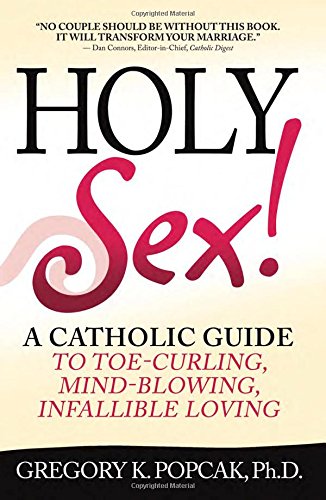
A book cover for Holy Sex!: A Catholic Guide to Toe-Curling, Mind-Blowing, Infallible Loving; Gregory K. Popcak PhD; Self-Help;